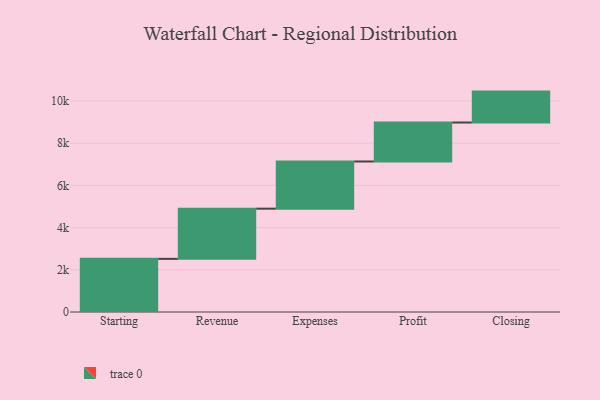
{"axis": {"x": "Step", "y": "Value"}, "legend": [""], "data": [{"x": "Starting", "y": 2519.0, "type": ""}, {"x": "Revenue", "y": 2378.0, "type": ""}, {"x": "Expenses", "y": 2236.0, "type": ""}, {"x": "Profit", "y": 1847.0, "type": ""}, {"x": "Closing", "y": 1465.0, "type": ""}]}